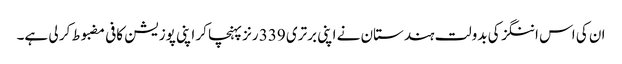
ان کی اس اننگز کی بدولت ہندستان نے اپنی برتری 339 رنز پہنچا کر اپنی پوزیشن کافی مضبوط کر لی ہے۔